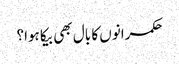
حکمرانوں کا بال بھی بیکا ہوا؟